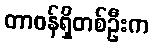
တာဝန်ရှိတစ်ဦးက